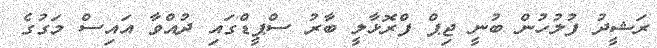
ރަޝީދު ފުލުހުން ބުނީ ޖިޕް ފްރޮޅާލީ ބާރު ސްޕީޑްގައި ދުއްވާ އައިސް މަގުގެ